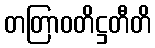
တတြာဝတိဋ္ဌတီတိ